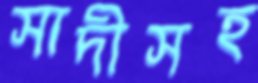
সাদীসহ